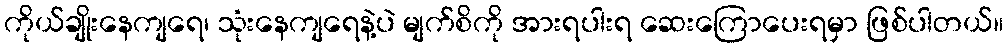
ကိုယ်ချိုးနေကျရေ၊ သုံးနေကျရေနဲ့ပဲ မျက်စိကို အားရပါးရ ဆေးကြောပေးရမှာ ဖြစ်ပါတယ်။